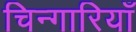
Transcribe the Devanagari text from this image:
चिन्गारियाँ